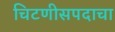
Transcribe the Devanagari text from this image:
चिटणीसपदाचा